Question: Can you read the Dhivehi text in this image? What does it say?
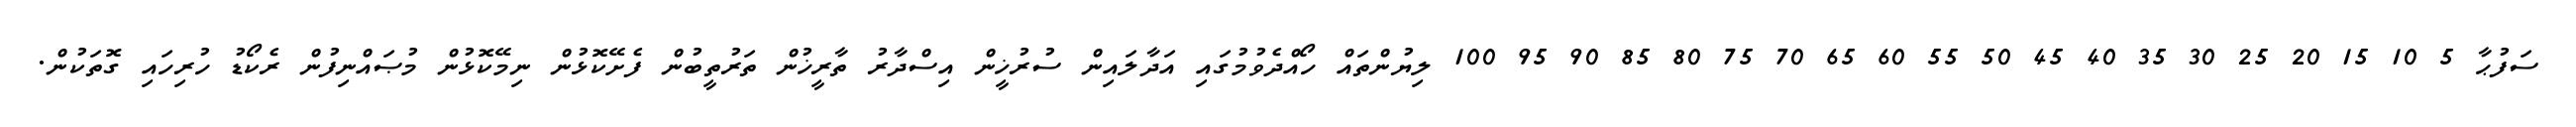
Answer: ސަފުޙާ 5 10 15 20 25 30 35 40 45 50 55 60 65 70 75 80 85 90 95 100 ލިޔުންތައް ހޯއްދެވުމުގައި އަދާލައިން ސުރުޚީން އިސްދާރު ތާރީޚުން ތަރުތީބުން ފެށޭކޮޅުން ނިމޭކޮޅުން މުޞައްނިފުން ރެކޯޑު ހުރިހައި ގޮތަކުން.